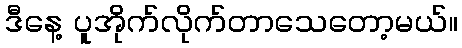
ဒီနေ့ ပူအိုက်လိုက်တာသေတော့မယ်။